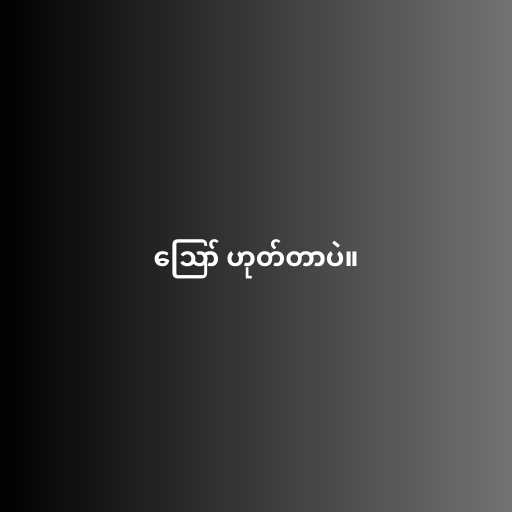
ဪ ဟုတ်တာပဲ။